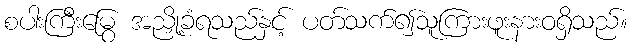
စပါးကြီးမြွေ အညှို့ခံရသည်နှင့် ပတ်သက်၍သူကြားဖူးနားဝရှိသည်။